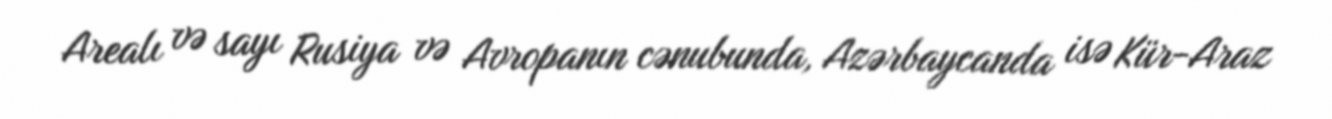
Arealı və sayı Rusiya və Avropanın cənubunda, Azərbaycanda isə Kür-Araz